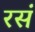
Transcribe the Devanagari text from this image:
रसं